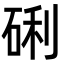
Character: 䂰